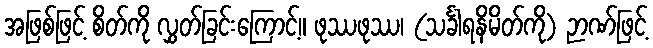
အဖြစ်ဖြင့် စိတ်ကို လွှတ်ခြင်းကြောင့်။ ဖုဿဖုဿ၊ (သင်္ခါရနိမိတ်ကို) ဉာဏ်ဖြင့်